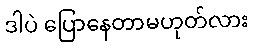
ဒါပဲ ပြောနေတာမဟုတ်လား